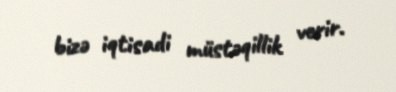
bizə iqtisadi müstəqillik verir.